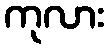
ကုလား